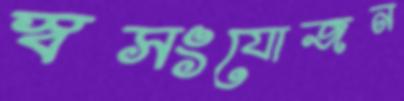
স্বসংযোজন